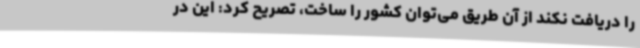
را دریافت نکند از آن طریق می‌توان کشور را ساخت، تصریح کرد: این در